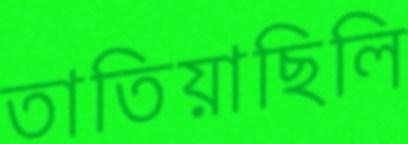
তাতিয়াছিলি